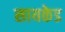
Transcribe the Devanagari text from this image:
सायकेड